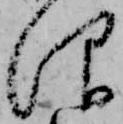
仰